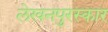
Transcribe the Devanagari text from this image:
लेखनपुरस्कार